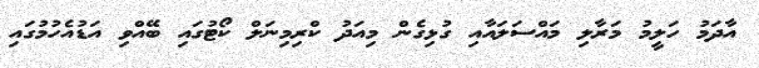
އާދަމު ހަލީމު މަރާލި މައްސަލައާއި ގުޅިގެން މިއަދު ކްރިމިނަލް ކޯޓުގައި ބޭއްވި އަޑުއެހުމުގައި